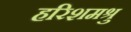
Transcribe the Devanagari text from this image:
हरिशमश्रु